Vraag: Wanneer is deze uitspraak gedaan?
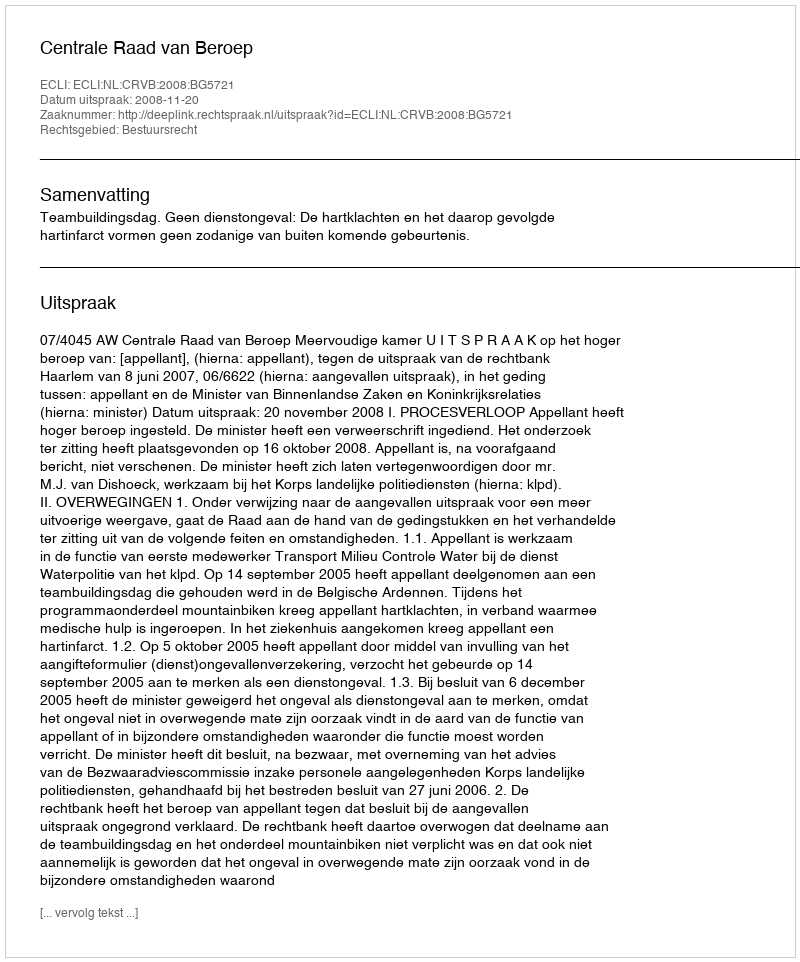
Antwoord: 2008-11-20